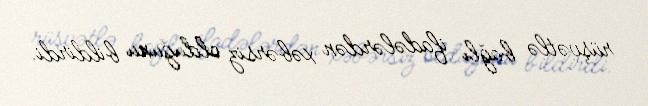
rüşvətlə bağlı ifadələrdən xəbərsiz olduğunu bildirdi.